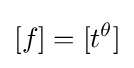
[f]=[t^{\theta }]